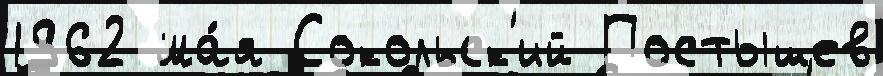
1962 ма́я Сокольск'ий Постышев